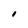
Character: I